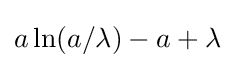
a\ln(a/\lambda )-a+\lambda